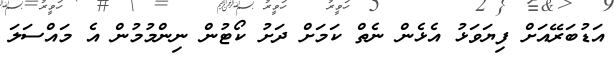
އަޑުބަރޭއަށް ފިޔަވަޅު އެޅެން ނެތް ކަމަށް ދަށު ކޯޓުން ނިންމުމުން އެ މައްސަލަ